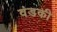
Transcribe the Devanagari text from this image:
वंडकी